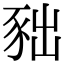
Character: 𧰹